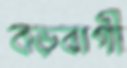
বড়বাগী